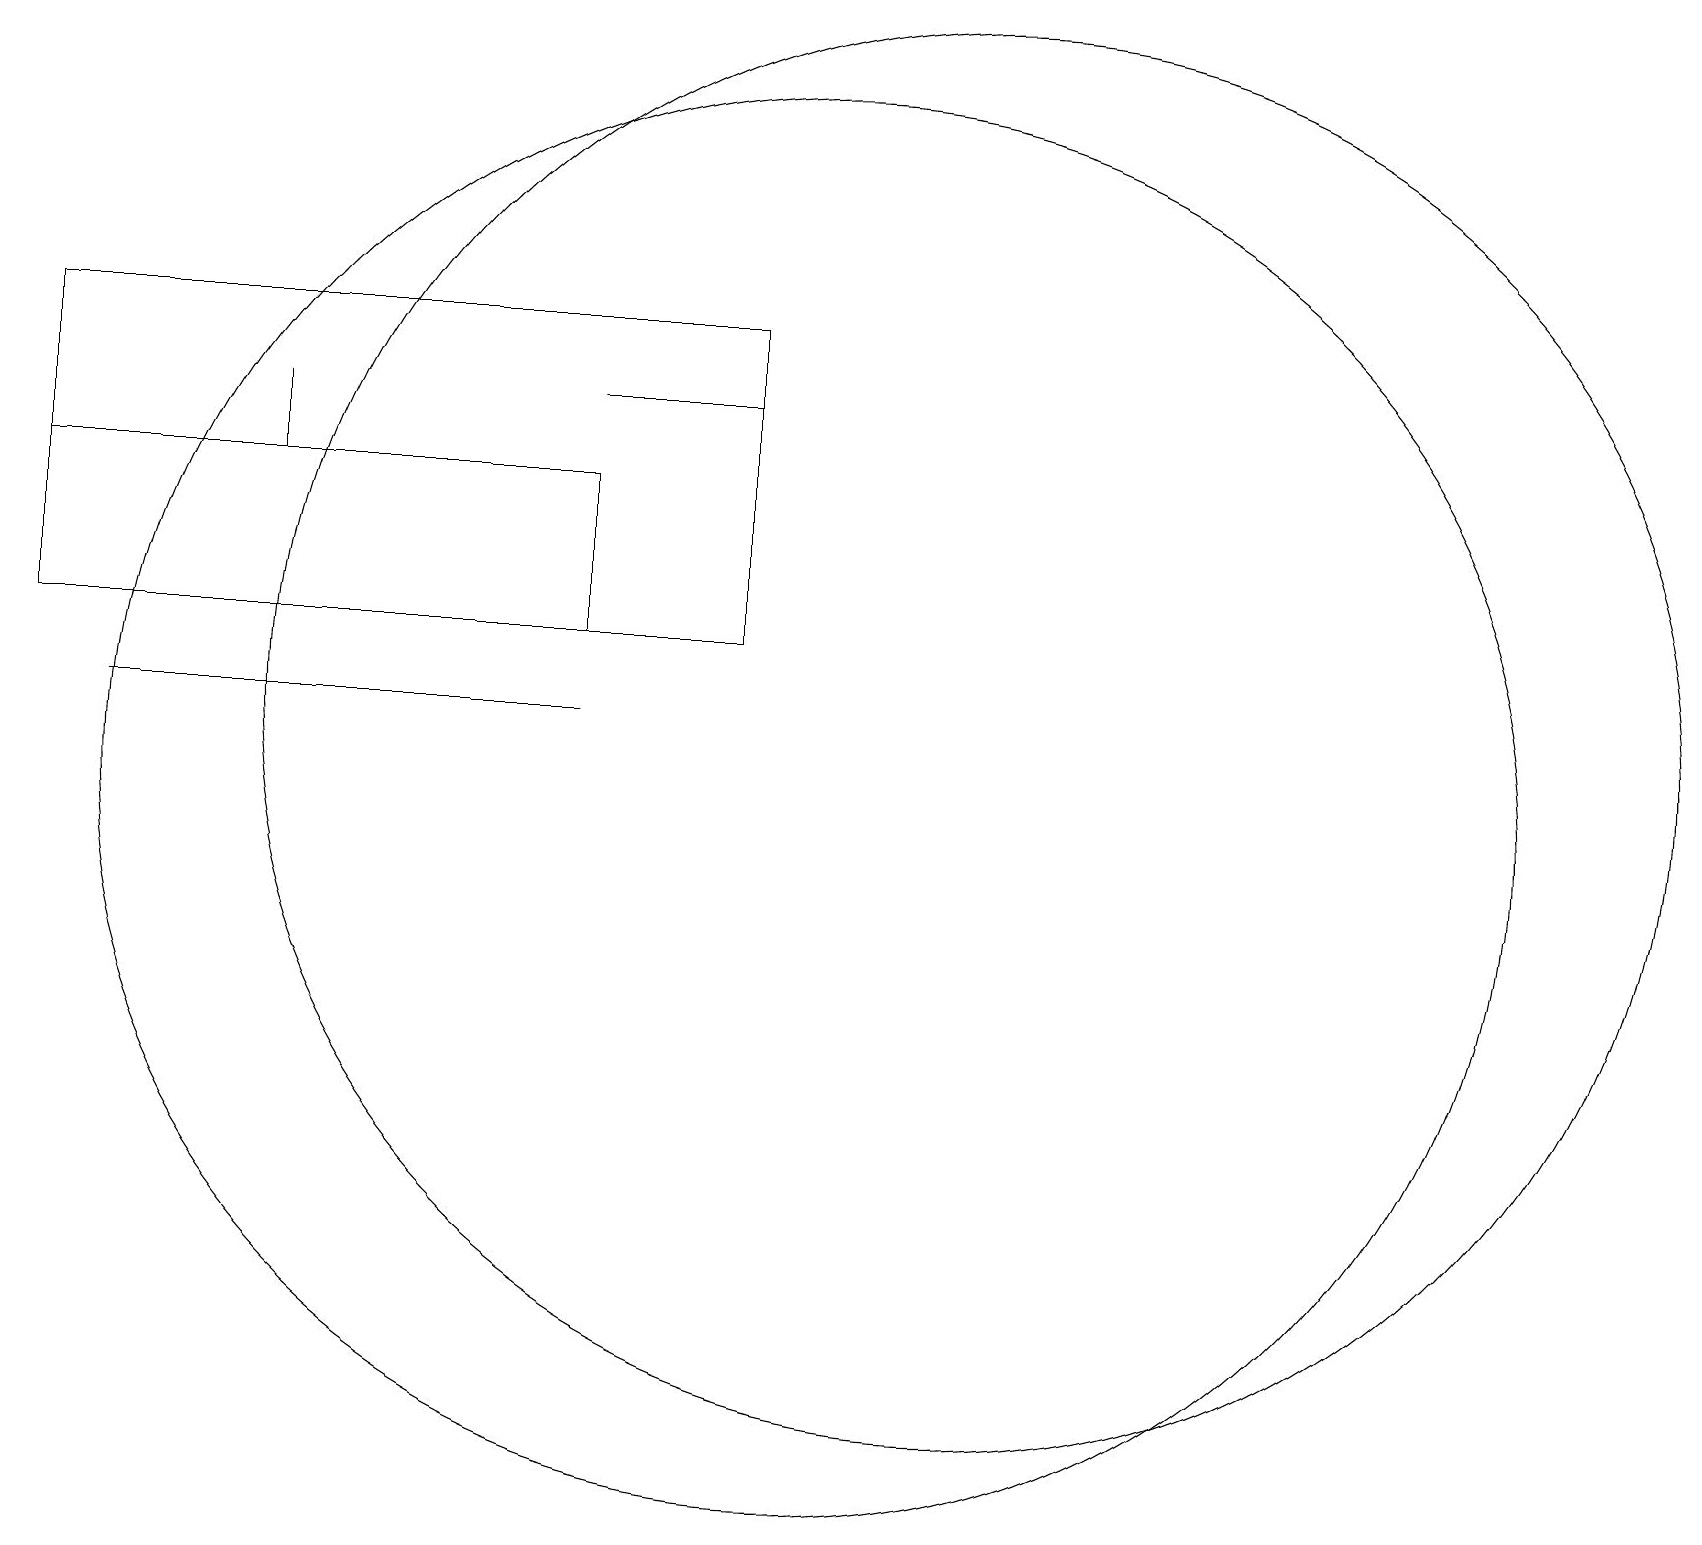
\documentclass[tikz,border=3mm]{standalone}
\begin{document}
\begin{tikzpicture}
\draw (10,10) circle (9);
\draw (0,11) rectangle (0,11);
\draw (0,12) rectangle (9,16);
\draw (12,11) circle (9);
\draw (3,15) rectangle (3,14);
\draw (7,12) rectangle (0,14);
\draw (9,15) rectangle (7,15);
\draw (1,11) rectangle (7,11);
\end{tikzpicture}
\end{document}